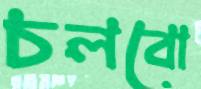
চলবো